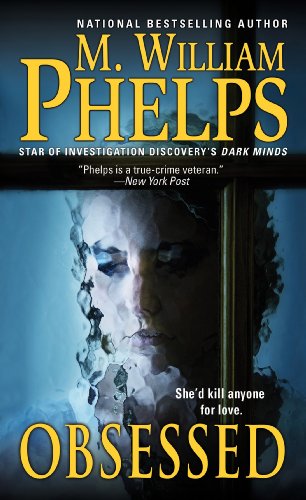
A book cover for Obsessed; M. William Phelps; Biographies & Memoirs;